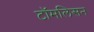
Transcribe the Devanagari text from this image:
टॉमलिसन